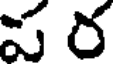
ప ర